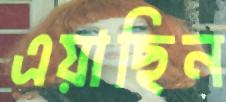
এয়াছিন